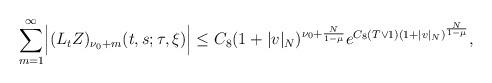
LaTeX: \begin{align*}&\sum_{m=1}^\infty \Bigl|(L_tZ)_{{\nu_0}+m}(t,s;\tau,\xi)\Bigr| \leq C_8 (1+|v|_N)^{\nu_0+\frac{N}{1-\mu}} e^{ C_8 (T\vee 1)(1+|v|_N)^{\frac{N}{1-\mu}}},\end{align*}